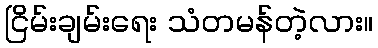
ငြိမ်းချမ်းရေး သံတမန်တဲ့လား။